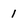
Character: 1